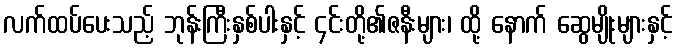
လက်ထပ်ပေးသည့် ဘုန်းကြီးနှစ်ပါးနှင့် ၄င်းတို့၏ဇနီးများ၊ ထို့ နောက် ဆွေမျိုးများနှင့်